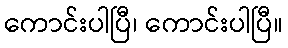
ကောင်းပါပြီ၊ ကောင်းပါပြီ။